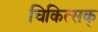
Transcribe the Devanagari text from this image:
चिकित्सक्